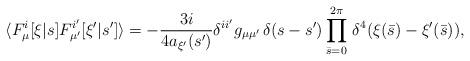
LaTeX: \begin{align*}\langle F_\mu^i[\xi|s] F_{\mu'}^{i'}[\xi'|s']\rangle=-{3i\over{4a_{\xi'}(s')}} \delta^{ii'} g_{\mu\mu'}\,\delta(s-s')\prod_{\bar s = 0}^{2\pi}\, \delta^4(\xi(\bar s)-\xi'(\bar s)),\end{align*}